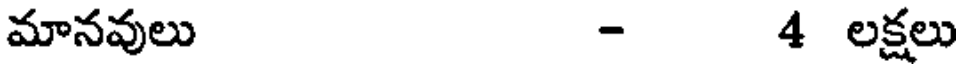
మానవులు - 4 లక్షలు